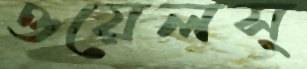
ওয়েলস্